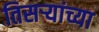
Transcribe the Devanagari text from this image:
तिसऱ्यांच्या